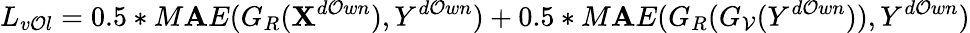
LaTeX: L_{v\mathcal{O}l}=0.5*M\mathbf{A}E(G_{R}(\mathbf{X}^{d\mathcal{O}wn}),Y^{d\mathcal{O}wn})+0.5*M\mathbf{A}E(G_{R}(G_{\mathcal{V}}(Y^{d\mathcal{O}wn})),Y^{d\mathcal{O}wn})